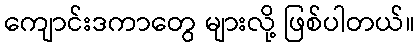
ကျောင်းဒကာတွေ များလို့ ဖြစ်ပါတယ်။